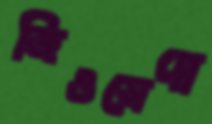
জিওসেপ্পে